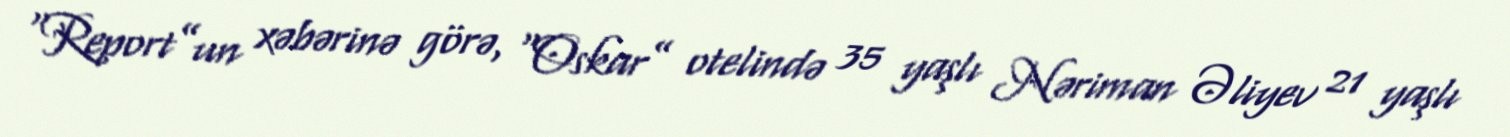
“Report”un xəbərinə görə, “Oskar” otelində 35 yaşlı Nəriman Əliyev 21 yaşlı